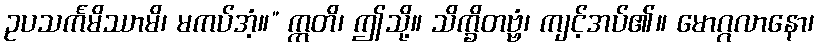
ဥပသင်္ကမိဿာမိ၊ မကပ်အံ့။” ဣတိ၊ ဤသို့။ သိက္ခိတဗ္ဗံ၊ ကျင့်အပ်၏။ မောဂ္ဂလာနော၊